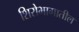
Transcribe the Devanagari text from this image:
शिरोभागातील